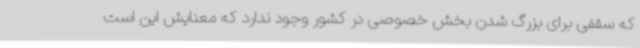
که سقفی برای بزرگ شدن بخش خصوصی در کشور وجود ندارد که معنایش این است